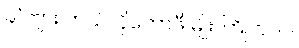
ခင်ဗျား ဘယ်လိုကော်ဖီ မျိုး ကြိုက်လဲ။